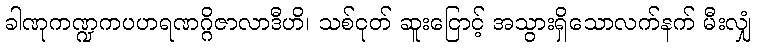
ခါဏုကဏ္ဍကပဟရဏဂ္ဂိဇာလာဒီဟိ၊ သစ်ငုတ် ဆူးငြောင့် အသွားရှိသောလက်နက် မီးလျှံ